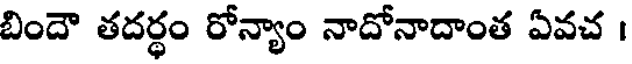
బిందౌ తదర్థం రోన్యాం నాదోనాదాంత ఏవచ ।